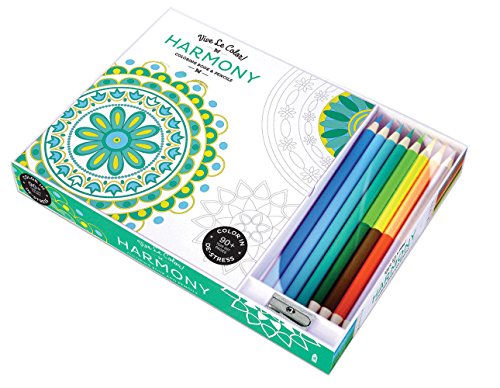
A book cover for Vive Le Color! Harmony (Coloring Book and Pencils): Color Therapy Kit; Abrams Noterie; Humor & Entertainment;